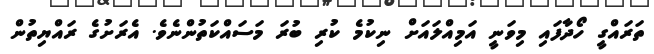
ތަރައްގީ ހޯދާފައި މިވަނީ އަމިއްލައަށް ނިކުމެ ކުރި ބުރަ މަސައްކަތުންނެވެ. އެރަށުގެ ރައްޔިތުން